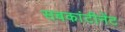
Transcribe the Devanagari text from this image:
सबकांटीनेंट